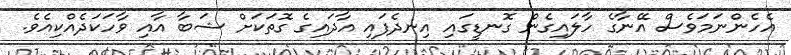
އެހެންނަމަވެސް އޭނާގެ ހާލައިގެން ގޮނޑީގައި އިނދެފައި އާދައިގެ ގޮތަކަށް ޝަބާ އާއި ވާހަކަދެއްކިއެވެ.